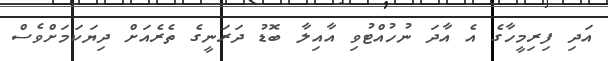
އަދި ފިރިމީހާގެ އެ އާދަ ނުހުއްޓުވި އާއިލާ ބޮޑު ދަރަނީގެ ތެރެއަށް ދިޔަކަމަށްވެސް